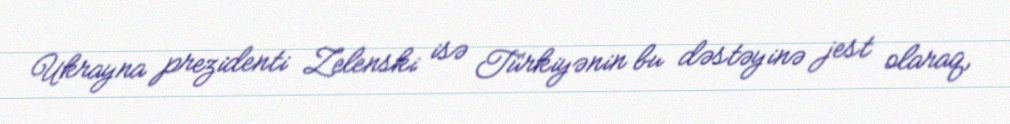
Ukrayna prezidenti Zelenski isə Türkiyənin bu dəstəyinə jest olaraq,